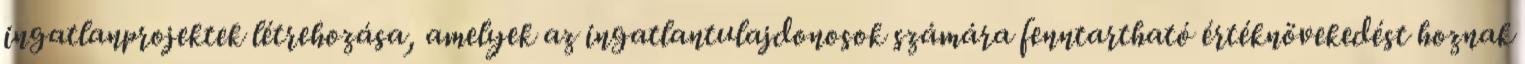
ingatlanprojektek létrehozása, amelyek az ingatlantulajdonosok számára fenntartható értéknövekedést hoznak